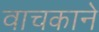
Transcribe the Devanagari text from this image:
वाचकाने